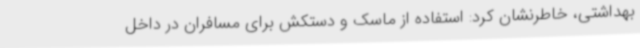
بهداشتی، خاطرنشان کرد: استفاده از ماسک و دستکش برای مسافران در داخل